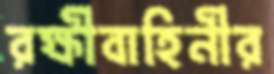
রক্ষীবাহিনীর